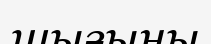
шығыны